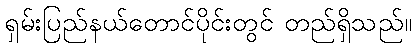
ရှမ်းပြည်နယ်တောင်ပိုင်းတွင် တည်ရှိသည်။